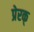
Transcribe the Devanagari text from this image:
प्रेरक्